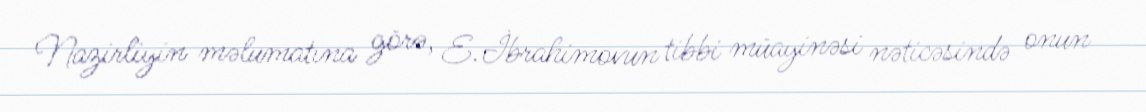
Nazirliyin məlumatına görə, E.İbrahimovun tibbi müayinəsi nəticəsində onun